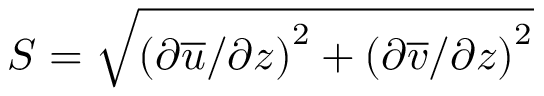
S = \sqrt { { ( \partial \overline { { u } } / \partial z ) } ^ { 2 } + { ( \partial \overline { { v } } / \partial z ) } ^ { 2 } }